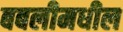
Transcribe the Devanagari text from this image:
बबलीमधील